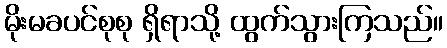
မိုးမခပင်စုစု ရှိရာသို့ ထွက်သွားကြသည်။